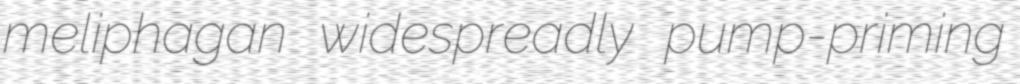
meliphagan widespreadly pump-priming